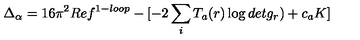
\Delta _ { \alpha } = 1 6 \pi ^ { 2 } R e f ^ { 1 - l o o p } - [ - 2 \sum _ { i } T _ { a } ( r ) \log d e t g _ { r } ) + c _ { a } K ]